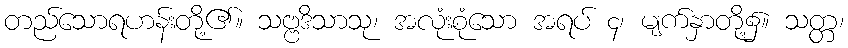
တည်သောရဟန်းတို့၏။ သဗ္ဗဒိသာသု၊ အလုံးစုံသော အရပ် ၄၊ မျက်နှာတို့၌။ သတ္တ၊